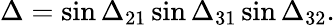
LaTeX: \Delta=\sin{\Delta_{21}}\sin{\Delta_{31}}\sin{\Delta_{32}}.